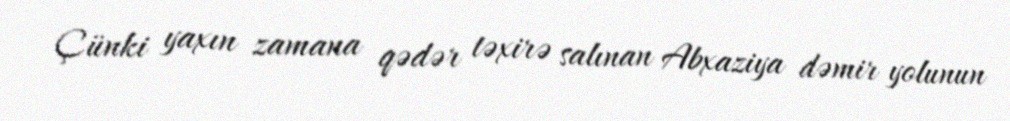
Çünki yaxın zamana qədər təxirə salınan Abxaziya dəmir yolunun